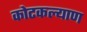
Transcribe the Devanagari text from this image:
कोटकल्याण